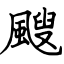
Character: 颼